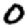
Digit: 0